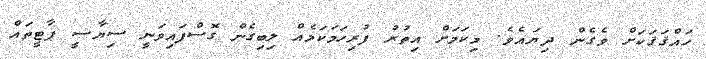
ހައްޤަޤަކަށް ވެގެން ދިޔައެވެ. މިކަމަށް އިތުރު ފުރިހަމަކަމެއް ލިބިގެން ގޮސްފައިވަނީ ސިޔާސީ ޕާޓީތައް